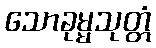
သောခုမ္မသုတ္တံ